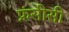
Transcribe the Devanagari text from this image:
फ्रंसीसी